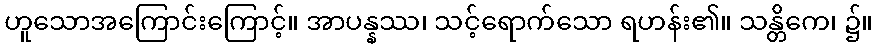
ဟူသောအကြောင်းကြောင့်။ အာပန္နဿ၊ သင့်ရောက်သော ရဟန်း၏။ သန္တိကေ၊ ၌။